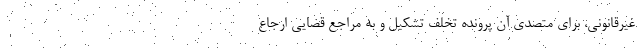
غیرقانونی، برای متصدی آن پرونده تخلف تشکیل و به مراجع قضایی ارجاع